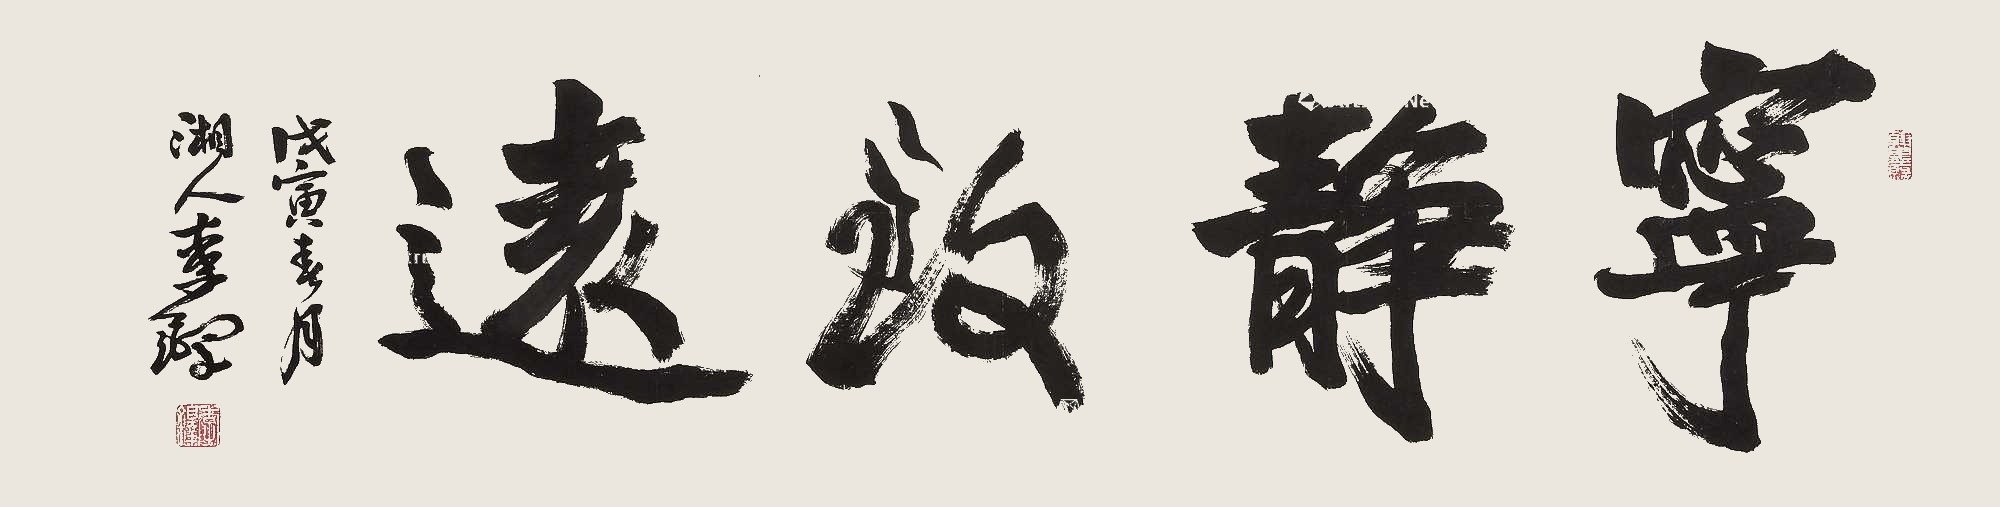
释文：宁静致远戊寅春月，湘人李铎。